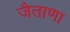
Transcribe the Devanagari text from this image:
जैताणा